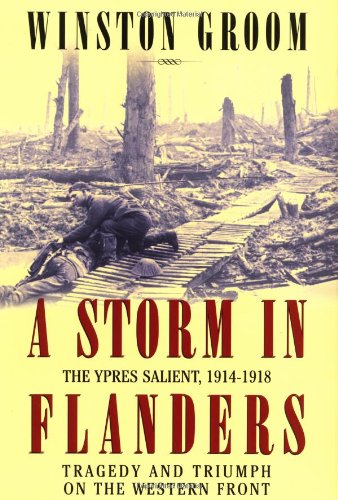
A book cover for A Storm in Flanders: The Ypres Salient, 1914-1918: Tragedy and Triumph on the Western Front; Winston Groom; History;